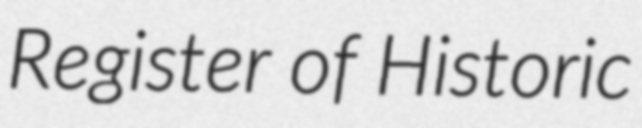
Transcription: Register of Historic